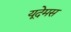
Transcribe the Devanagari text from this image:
यूदेमस